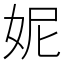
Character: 妮